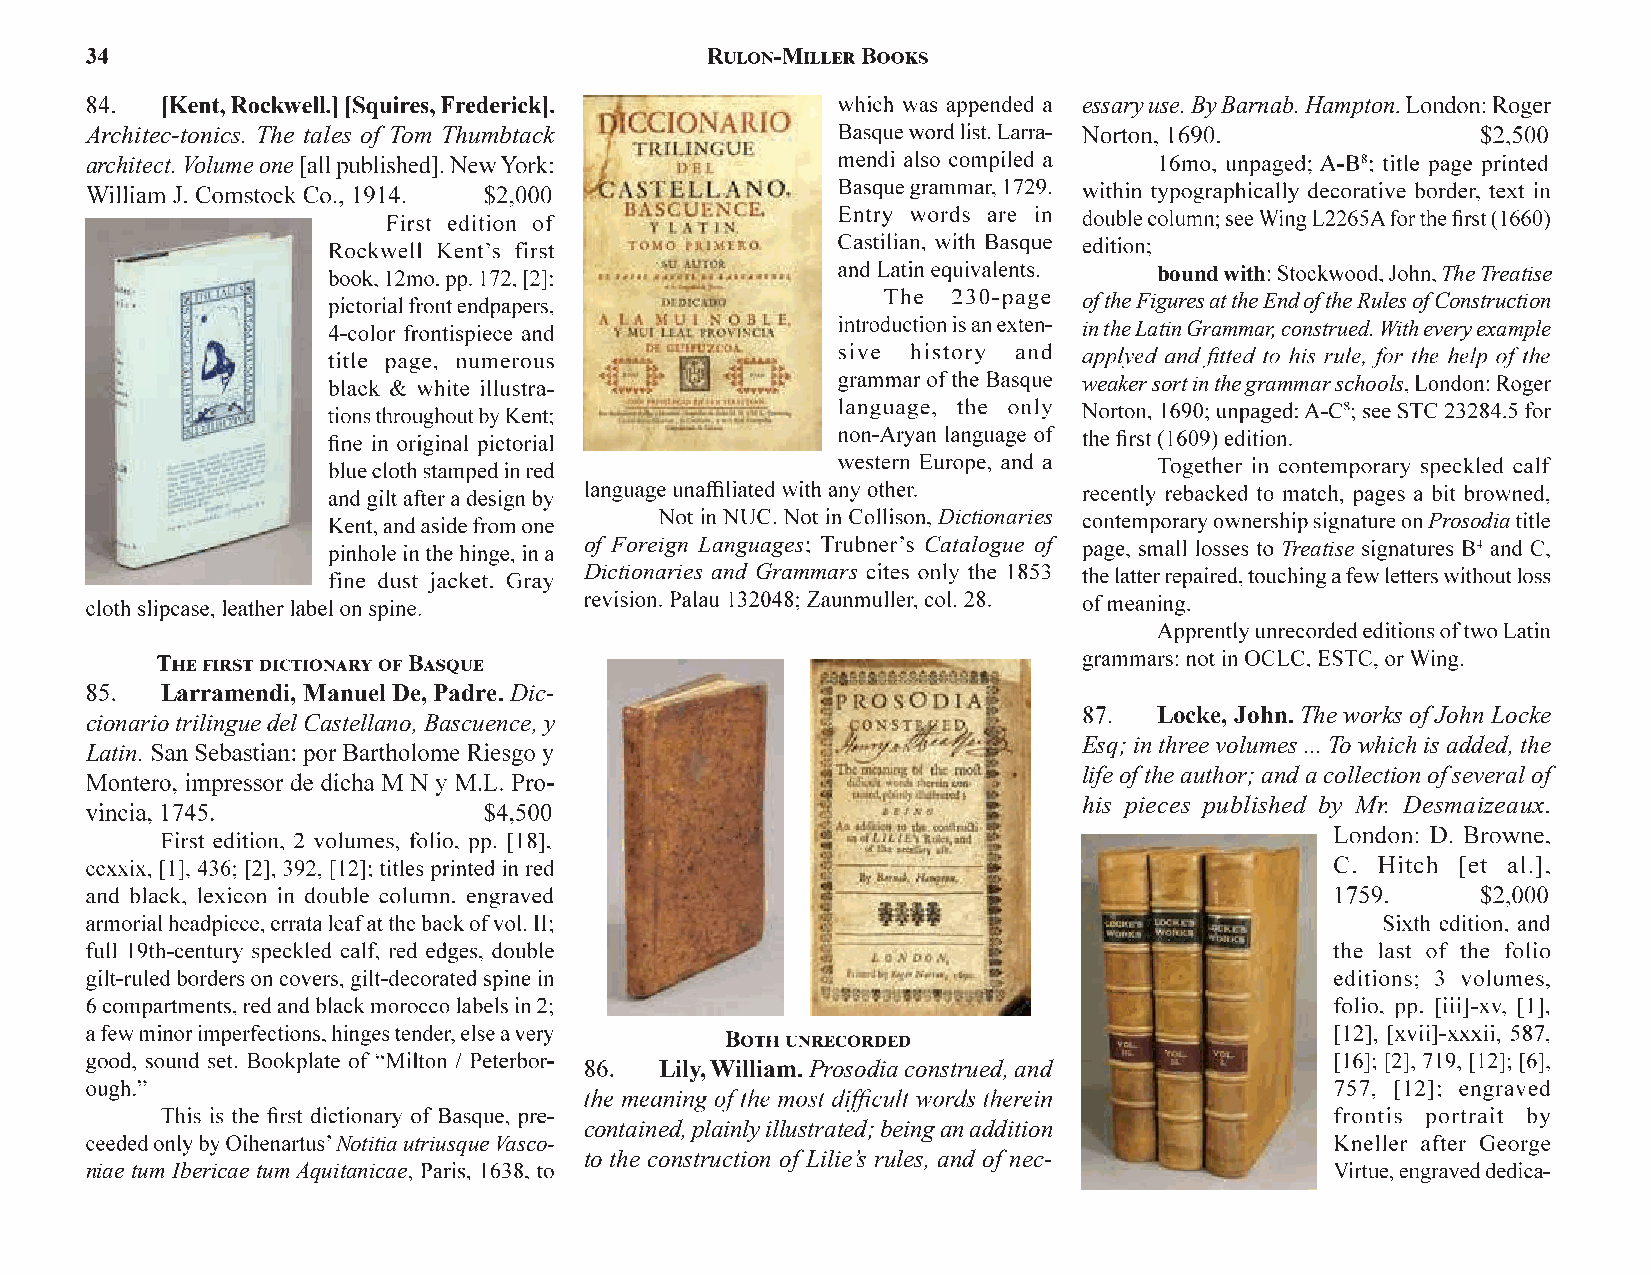
essary use. By Barnab. Hampton
 Architec-tonics. The tales of Tom Thumbtack
 architect. Volume one
 bound with        The Treatise
 of the Figures at the End of the Rules of Construction
 in the Latin Grammar, construed. With every example
 weaker sort in the grammar schools
 Dictionaries                    Prosodia
 of Foreign Languages  Catalogue of            Treatise
 Dictionaries and Grammars
 Larramendi, Manuel De, Padre. Dic-
 Locke, John.The works of John Locke
 cionario trilingue del Castellano, Bascuence, y
 Esq; in three volumes ... To which is added, the
 Latin.
 life of the author; and a collection of several of
 his pieces published by Mr. Desmaizeaux
 Lily, William.Prosodia construed, and
 contained, plainly illustrated; being an addition
 Notitia utriusque Vasco-
 to the construction of Lilie’s rules, and of nec-
 niae tum Ibericae tum Aquitanicae